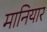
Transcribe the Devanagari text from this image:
मानियार